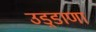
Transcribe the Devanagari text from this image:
उड़्डाणा